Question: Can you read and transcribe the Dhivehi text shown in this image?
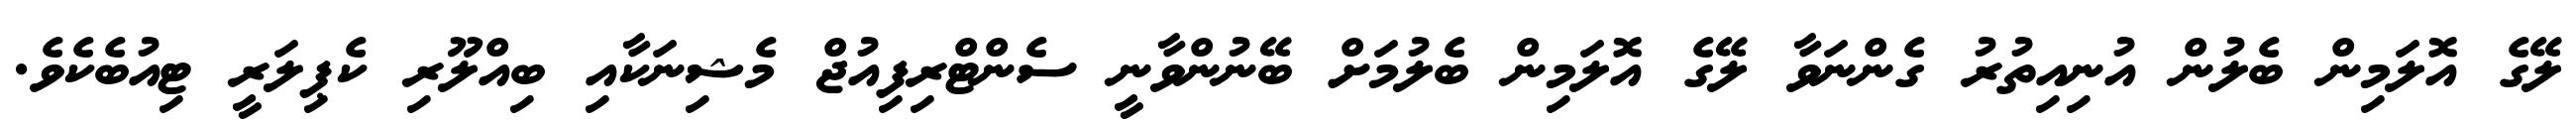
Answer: ލޭގެ އޮލަމިން ބެލުން އުނިއިތުރު ގެންނަވާ ލޭގެ އޮލަމިން ބެލުމަށް ބޭނުންވާނީ ސެންޓްރިފިއުޖް މެޝިނަކާއި ބިއްލޫރި ކެޕިލަރީ ޓިއުބެކެވެ.